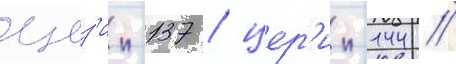
цез'ии-137 / цер'ии-144 /